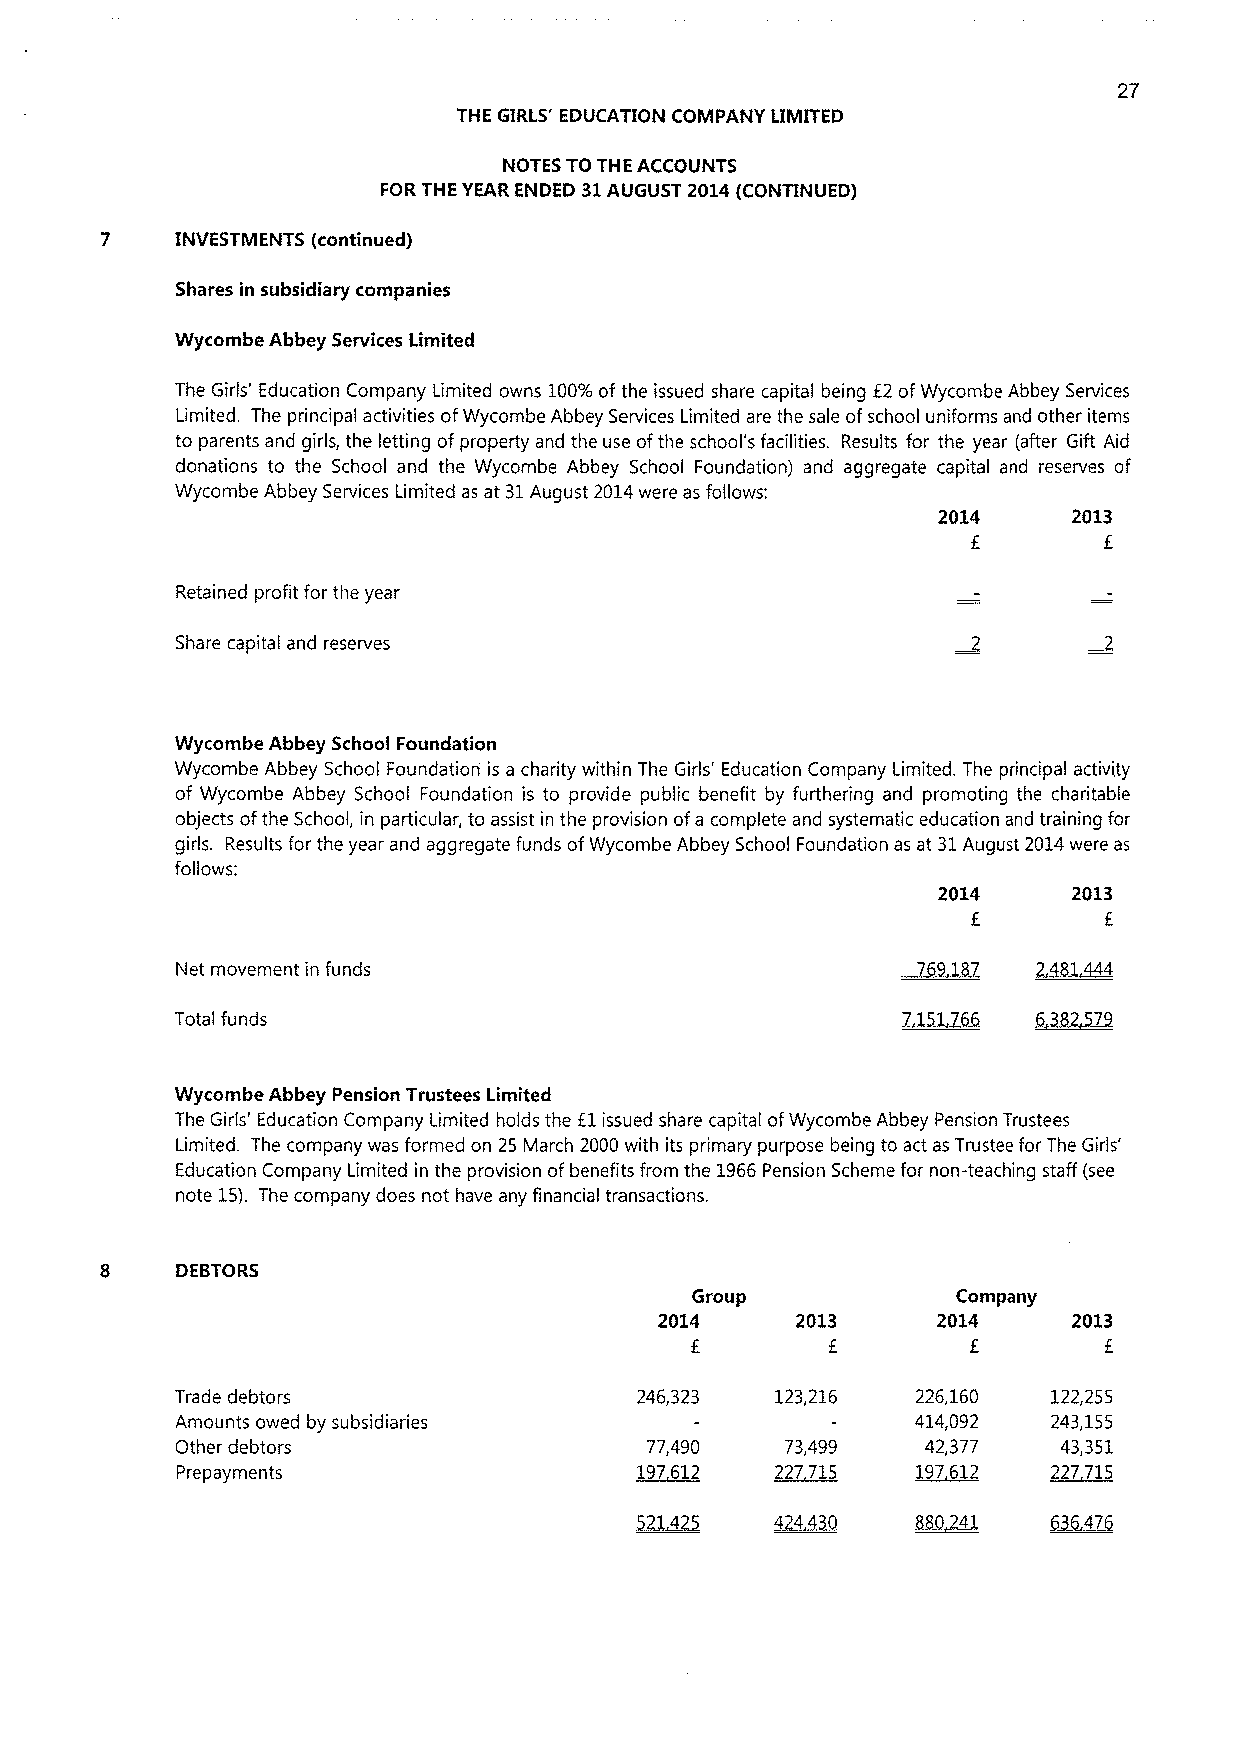
27
 THE GIRLS' EDUCATION COMPANY LIMITED
 NOTES TOTHE ACCOUNTS
 FOR THE YEAR ENDED 31AUGUST 2014(CONTINUED)
 INVESTMENTS (continued)
 Shares in subsidiary companies
 Wycombe Abbey Services Limited
 The Girls' Education Company Limited owns 100%ofthe issued share capital being E2 of Wycombe Abbey Services
 Limited. The principal activities ofWycombe Abbey Services Limited are the sale ofschool uniforms and other items
 to parents and girls, the letting ofproperty and the use ofthe school's facilities. Results for the year (after Gift Aid
 donations to the School and the Wycombe Abbey School Foundation) and aggregate capital and reserves of
 Wycombe Abbey Services Limited as at 31August 2014were as follows:
 2014     2013
 E
 Retained profit for the year
 Share capital and reserves
 Wycombe Abbey School Foundation
 Wycombe Abbey School Foundation is a charity within The Girls' Education Company Limited. The principal activity
 of Wycombe Abbey School Foundation is to provide public benefit by furthering and promoting the charitable
 objects ofthe School, in particular, to assist in the provision ofa complete and systematic education and training for
 girls. Results for the year and aggregate funds ofWycombe Abbey School Foundation as at 31August 2014were as
 follows:
 2014     2013
 E        E
 Net movement in funds
 Total funds
 Wycombe Abbey Pension Trustees Limited
 The Girls' Education Company Limited holds the El issued share capital ofWycombe Abbey Pension Trustees
 Limited. The company was formed on 25 March 2000 with its primary purpose being to act as Trustee for The Girls'
 Education Company Limited in the provision of benefits from the 1966Pension Scheme for non-teaching staff (see
 note 15). The company does not have any financial transactions.
 DEBTORS
 Group            Company
 2014     2013     2014     2013
 E                 E        E
 Trade debtors                 246,323  123,216   226,160  122,255
 Amounts owed by subsidiaries                     414,092  243,155
 Other debtors                  77,490   73,499   42,377   43,351
 Prepayments                   197612   227719    197612   227 716
 ~44               ~47